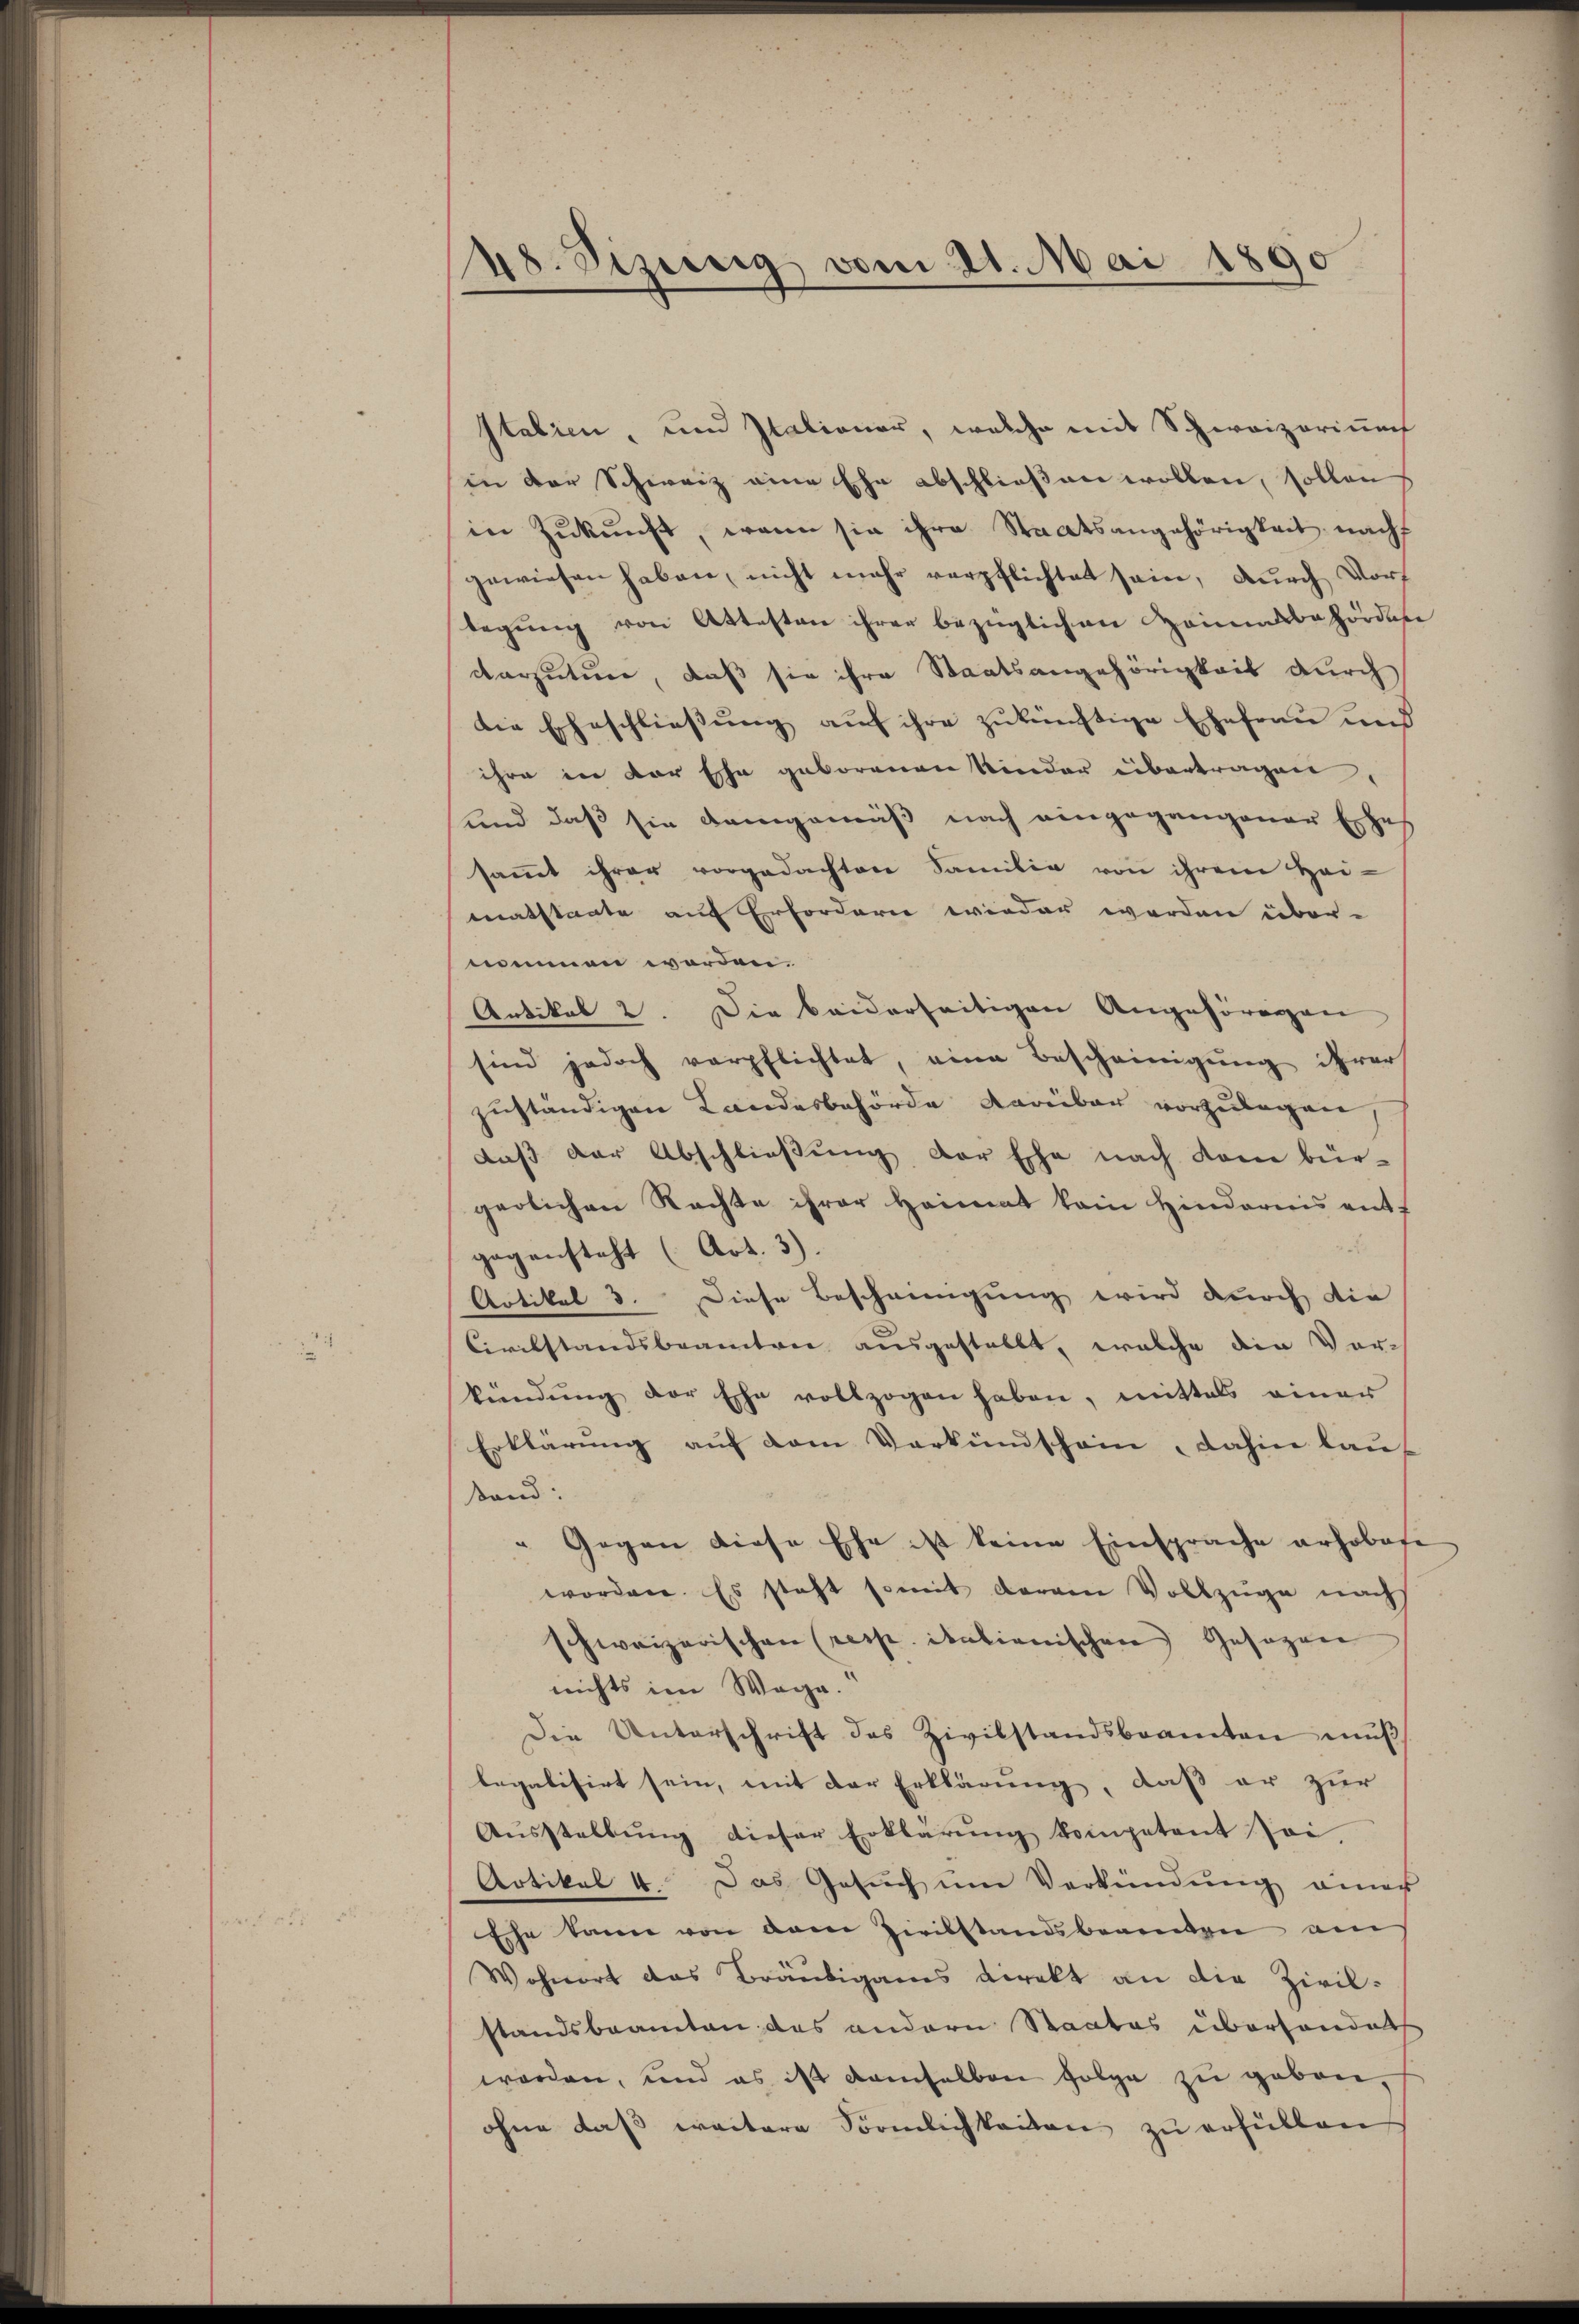
48. Sizung vom 21. Mai 1890

Italien, und Italianer, welche mit Schweizerinnf
in der Schweiz eine Ehe abschließen wollen, sollen
in Zŭkŭnft, wenn sie ihre Staatsangehörigkeit nach
gewiesen haben, nicht mehr verpflichtet sein, durch Dorf
legung von Attesten ihrer bezüglichen Heimalbehördere
darzutun, daß sie ihre Staatsangehörigkeit durch
die Eheschließung auf ihre zukünftige Ehefrau und
ihre in der Ehe geborenen Kinder übertragen,
und daß sie demgemäß nach eingegangener Ehes
sammt ihrer vorgedachten Familie von ihrem Heimatstaate auf Erfordere wieder werden über-
nommen worden.
Artikel 2. Die beiderseitigen Angehörigen
sind jedoch verpflichtet, eine Bescheinigung ihrer
zuständigen Landesbehörde dareiber vorzulegen,
daß der Abschließung der Ehe nach Kom bür-
gerlichen Rechte ihrer Heimat kein Hindernis ents
gegensteht (Art. 3).
Artikel 3. Diese Bescheinigung wird durch die
Civilstandsbeamte ausgestellt, welche die Vorkündŭng der Ehe vollzogen haben, mittels einer
Erklärŭng aŭf dem Verkündschein, dahin lauf
Stand:
" Gegen diese Ehe ist keine Einsprache erhobete
worden. Es steht somit daran Vollzüge nach
schweizerischen (resp. itationischen Gesagen
nichts im Wege.
Die Unterschrift des Zivilstandsbeamten mŭβ,
legalisirt sein, mit der Erklärung, daß er zur
Aŭsstellŭng dieser Erklärŭng kompetent sei
Artikel 4. Das Gesŭch ŭm Verkündŭng eines
Ehe kann von dem Zivilstandsbeamten am
Wohnort das Bräutigams direkt an die Zivil-
standsbeamten das andern Staates überhandet
worden, und es ist demselben folge zŭ geben,
ohne daß weitere Förmlichkeiten zu erfüllen